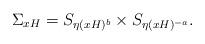
LaTeX: \begin{align*} \Sigma_{xH}=S_{\eta(xH)^b}\times S_{\eta(xH)^{-a}}.\end{align*}